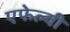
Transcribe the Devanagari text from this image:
एफेल्वी